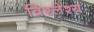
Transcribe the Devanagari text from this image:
विश्लेश्य